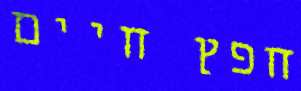
חפץ חיים